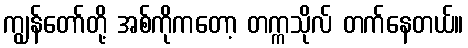
ကျွန်တော်တို့ အစ်ကိုကတော့ တက္ကသိုလ် တက်နေတယ်။